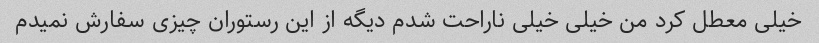
خیلی معطل کرد من خیلی خیلی ناراحت شدم دیگه از این رستوران چیزی سفارش نمیدم